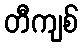
တီကျစ်